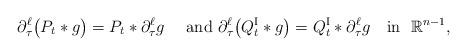
LaTeX: \begin{align*}\partial_\tau^\ell\big(P_t\ast g\big)=P_t\ast \partial_\tau^\ell g\quad\mbox{ and }\partial_\tau^\ell\big(Q^{\rm I}_t\ast g\big)=Q^{\rm I}_t\ast \partial_\tau^\ell g\quad\mbox{in }\,\,{\mathbb{R}}^{n-1},\end{align*}